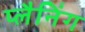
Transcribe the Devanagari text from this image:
प्‍लैनिंग